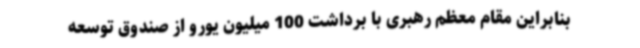
بنابراین مقام معظم رهبری با برداشت 100 میلیون یورو از صندوق توسعه